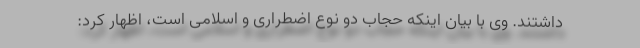
داشتند. وی با بیان اینکه حجاب دو نوع اضطراری و اسلامی است، اظهار کرد: